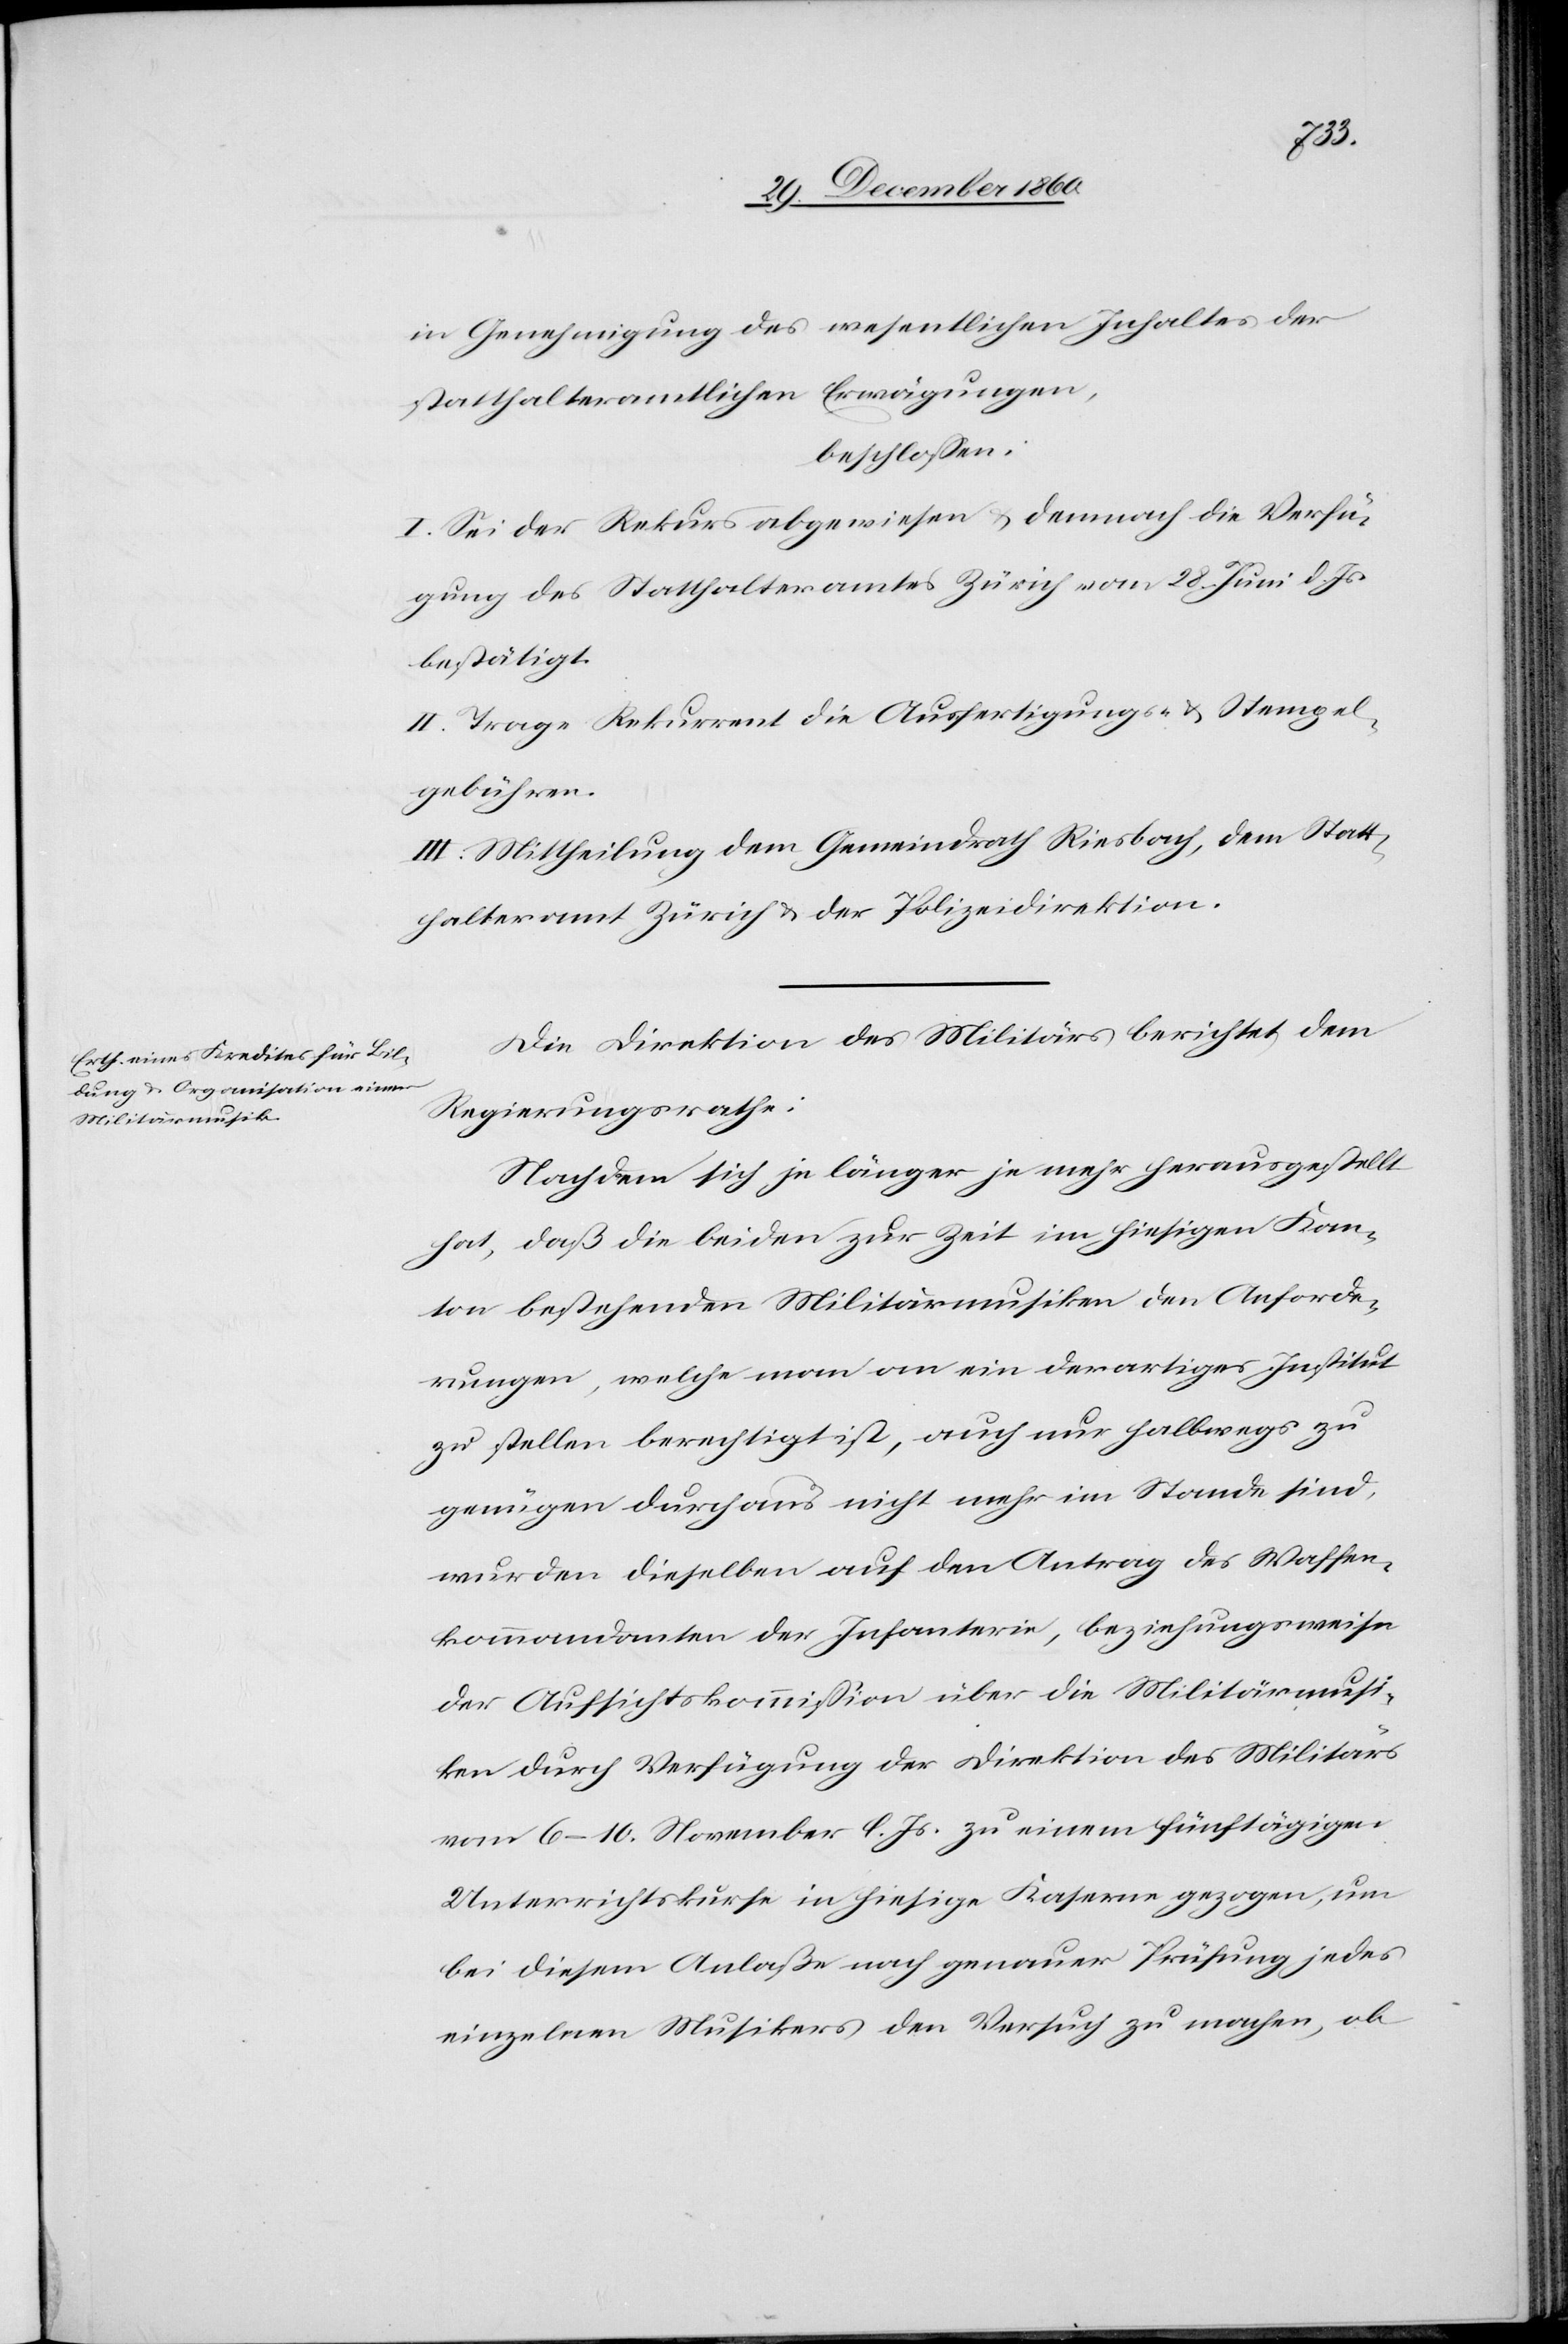
in Genehmigung des wesentlichen Inhaltes der
statthalteramtlichen Erwägungen,
beschlossen:
I. Sei der Rekurs abgewiesen u. demnach die Verfü¬
gung des Statthalteramtes Zürich vom 28. Juni d. Js.
bestätigt.
II. Trage Rekurrent die Ausfertigungs- u. Stempel¬
gebühren.
III. Mittheilung dem Gemeindrath Riesbach, dem Statt¬
halteramt Zürich u. der Polizeidirektion.
Die Direktion des Militärs berichtet dem
Regierungsrathe:
Nachdem sich je länger je mehr herausgestellt
hat, daß die beiden zur Zeit im hiesigen Kan¬
ton bestehenden Militärmusiken den Anforde¬
rungen, welche man an ein derartiges Institut
zu stellen berechtigt ist, auch nur halbwegs zu
genügen durchaus nicht mehr im Stande sind,
wurden dieselben auf den Antrag des Waffen¬
kommandanten der Infanterie, beziehungsweise
der Aufsichtskommission über die Militärmusi¬
ken durch Verfügung der Direktion des Militärs
vom 6.–10. November l. Js. zu einem fünftägigen
Unterrichtskurse in hiesige Kaserne gezogen, um
bei diesem Anlaße nach genauer Prüfung jedes
einzelnen Musikers den Versuch zu machen, ob